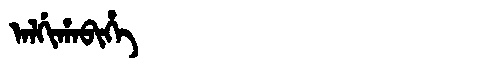
Manchu: ᠠᠯᡤᡳᡥᠠᠪᡳᡥᡝ
Romanization: ALGIHABIHE